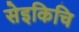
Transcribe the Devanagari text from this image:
सेइकिचि